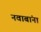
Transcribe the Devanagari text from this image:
नवाबांना